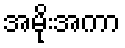
အမိုးအကာ